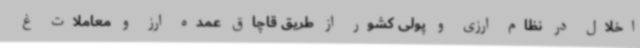
اخلال در نظام ارزی و پولی کشور از طریق قاچاق عمده ارز و معاملات غ